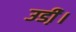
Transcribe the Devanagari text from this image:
उडी़ं।